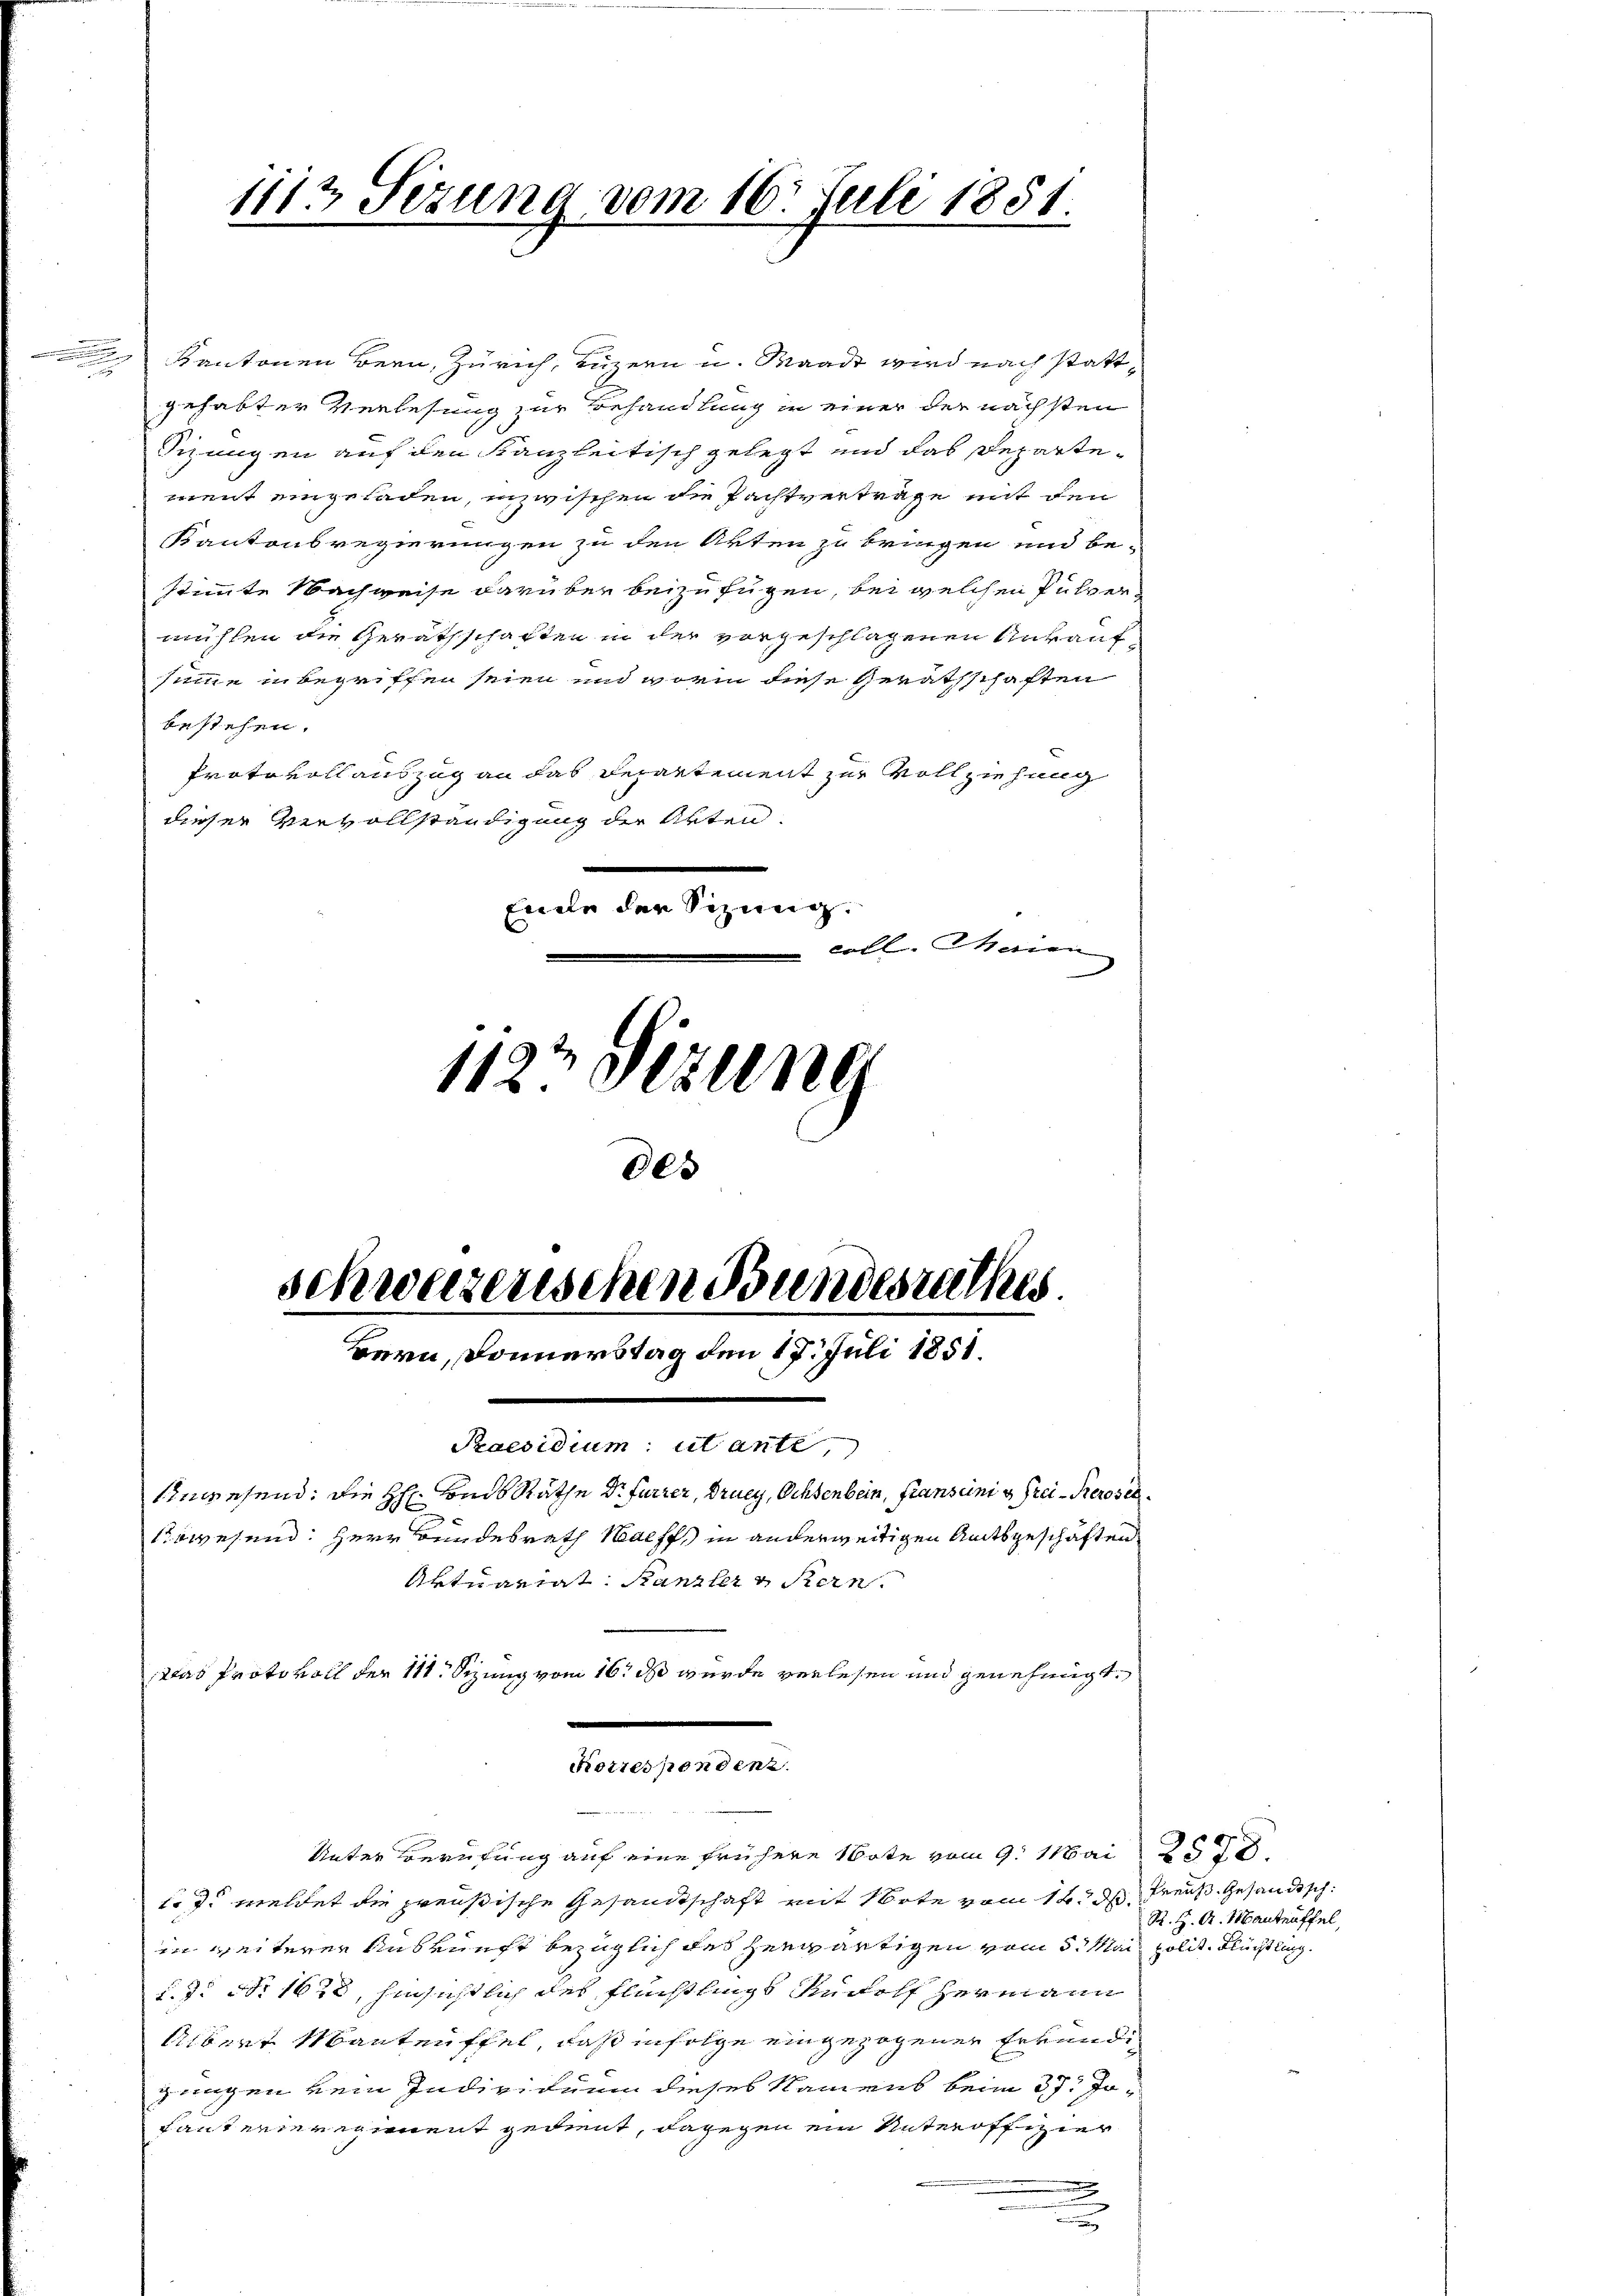
d

2 Kantonen Bern, Zürich, Luzern u. Waadt wird nach statti
gehabter Verlesung zur Behandlung in einer der nächsten
Sizungen auf den Kanzleitisch gelegt und das Departement eingeladen, inzwischen die Pachtverträge mit den
Kantonsregierungen zu den Akten zu bringen und be-
stimmte Nachweise darüber beizufügen, bei welchen Pulver
mühlen die Gerathschaften in der vorgeschlagenen Ankauf
summe in begriffen seien und worin diese Geräthschaften
bestehen.
Protokollauszug an das Departement zur Vollziehung
dieser Vervollständigung der Akten.
Ende der Sizung.
coll. Maien
1127 Dezung
00

1113 Sezung vom 16. Juli 1851

schweizenschen Bundesrathes
Bern, Donnerstag den 17. Juli 1851.
Praesidium ut ante,

tod. meldet die preußische Gesandtschaft mit Orte vom 12. dh. Preuß. Gesandtsch
in weiterer Auskunft bezüglich des herwärtigen vom 5. Mai polit. Flüchtling.
d. J. No 1628, hinsichtlich des Flüchtlings Rudolf Hermann
Albert Mantenffel, daß infolge eingezogenen Erkendig
jungen kein Individuum dieses Namens beim 37. Ja¬
Lanterieregiment gedent, dagegen ein Unteroffizier

inwesend: die H. und Räthe Dr Furrer, Drucy, Ochsenbein, Franscini u Frei-Perosen¬
Abwesend: Herr Bundesrath Walff in anderweitigen Amtsgeschäften
Aktuariat. Kanzler v. Stern.

Das Proto voll der 111 Stzung vom 16. ds wurde verlesen und genehmigt.
e
Korrespondenz.
Unter Berufung auf eine frühere Note vom 9. Mai 25

R. H. A. Manträffel,